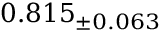
0 . 8 1 5 _ { \pm 0 . 0 6 3 }